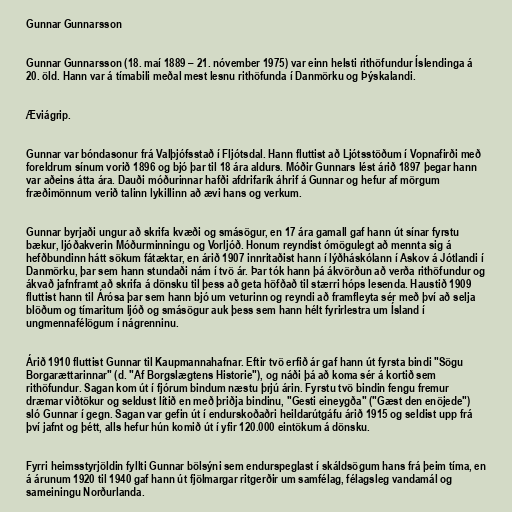
Gunnar Gunnarsson

Gunnar Gunnarsson (18. maí 1889 – 21. nóvember 1975) var einn helsti rithöfundur Íslendinga á
20. öld. Hann var á tímabili meðal mest lesnu rithöfunda í Danmörku og Þýskalandi.

Æviágrip.

Gunnar var bóndasonur frá Valþjófsstað í Fljótsdal. Hann fluttist að Ljótsstöðum í Vopnafirði með
foreldrum sínum vorið 1896 og bjó þar til 18 ára aldurs. Móðir Gunnars lést árið 1897 þegar hann
var aðeins átta ára. Dauði móðurinnar hafði afdrifarík áhrif á Gunnar og hefur af mörgum
fræðimönnum verið talinn lykillinn að ævi hans og verkum.

Gunnar byrjaði ungur að skrifa kvæði og smásögur, en 17 ára gamall gaf hann út sínar fyrstu
bækur, ljóðakverin Móðurminningu og Vorljóð. Honum reyndist ómögulegt að mennta sig á
hefðbundinn hátt sökum fátæktar, en árið 1907 innritaðist hann í lýðháskólann í Askov á Jótlandi í
Danmörku, þar sem hann stundaði nám í tvö ár. Þar tók hann þá ákvörðun að verða rithöfundur og
ákvað jafnframt að skrifa á dönsku til þess að geta höfðað til stærri hóps lesenda. Haustið 1909
fluttist hann til Árósa þar sem hann bjó um veturinn og reyndi að framfleyta sér með því að selja
blöðum og tímaritum ljóð og smásögur auk þess sem hann hélt fyrirlestra um Ísland í
ungmennafélögum í nágrenninu.

Árið 1910 fluttist Gunnar til Kaupmannahafnar. Eftir tvö erfið ár gaf hann út fyrsta bindi "Sögu
Borgarættarinnar" (d. "Af Borgslægtens Historie"), og náði þá að koma sér á kortið sem
rithöfundur. Sagan kom út í fjórum bindum næstu þrjú árin. Fyrstu tvö bindin fengu fremur
dræmar viðtökur og seldust lítið en með þriðja bindinu, "Gesti eineygða" ("Gæst den enöjede")
sló Gunnar í gegn. Sagan var gefin út í endurskoðaðri heildarútgáfu árið 1915 og seldist upp frá
því jafnt og þétt, alls hefur hún komið út í yfir 120.000 eintökum á dönsku.

Fyrri heimsstyrjöldin fyllti Gunnar bölsýni sem endurspeglast í skáldsögum hans frá þeim tíma, en
á árunum 1920 til 1940 gaf hann út fjölmargar ritgerðir um samfélag, félagsleg vandamál og
sameiningu Norðurlanda.